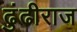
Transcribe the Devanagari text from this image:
ढुंढीराज